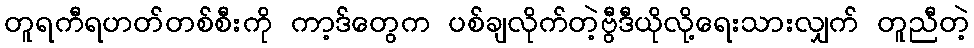
တူရကီရဟတ်တစ်စီးကို ကာ့ဒ်တွေက ပစ်ချလိုက်တဲ့ဗွီဒီယိုလို့ရေးသားလျှက် တူညီတဲ့